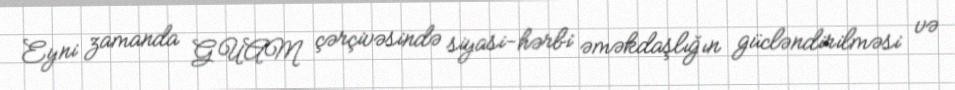
Eyni zamanda GUAM çərçivəsində siyasi-hərbi əməkdaşlığın gücləndirilməsi və